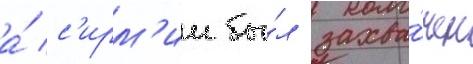
а́ с'ирм'ии бы́л захва́чен